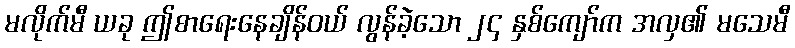
မလိုက်မီ ယခု ဤစာရေးနေချိန်ဝယ် လွန်ခဲ့သော ၂၄ နှစ်ကျော်က အလှ၏ မသေမီ